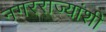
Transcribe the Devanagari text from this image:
नगरराज्यांशी